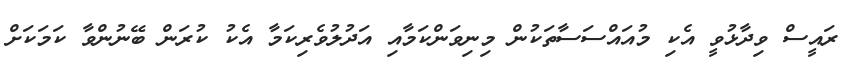
ރައީސް ވިދާޅުވީ އެކި މުއައްސަސާތަކުން މިނިވަންކަމާއި އަދުލުވެރިކަމާ އެކު ކުރަން ބޭނުންވާ ކަމަކަށް